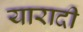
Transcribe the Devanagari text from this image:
यारादी